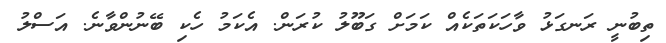
ތިބުނީ ރަނގަޅު ވާހަކަތަކެއް ކަމަށް ގަބޫލު ކުރަން. އެކަމު ހެކި ބޭނުންވާނެ. އަސްލު